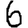
Digit: 6